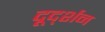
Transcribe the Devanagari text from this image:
दूर्द्शन